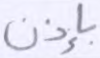
بإذن